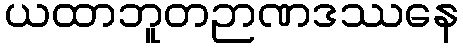
ယထာဘူတဉာဏဒဿနေ